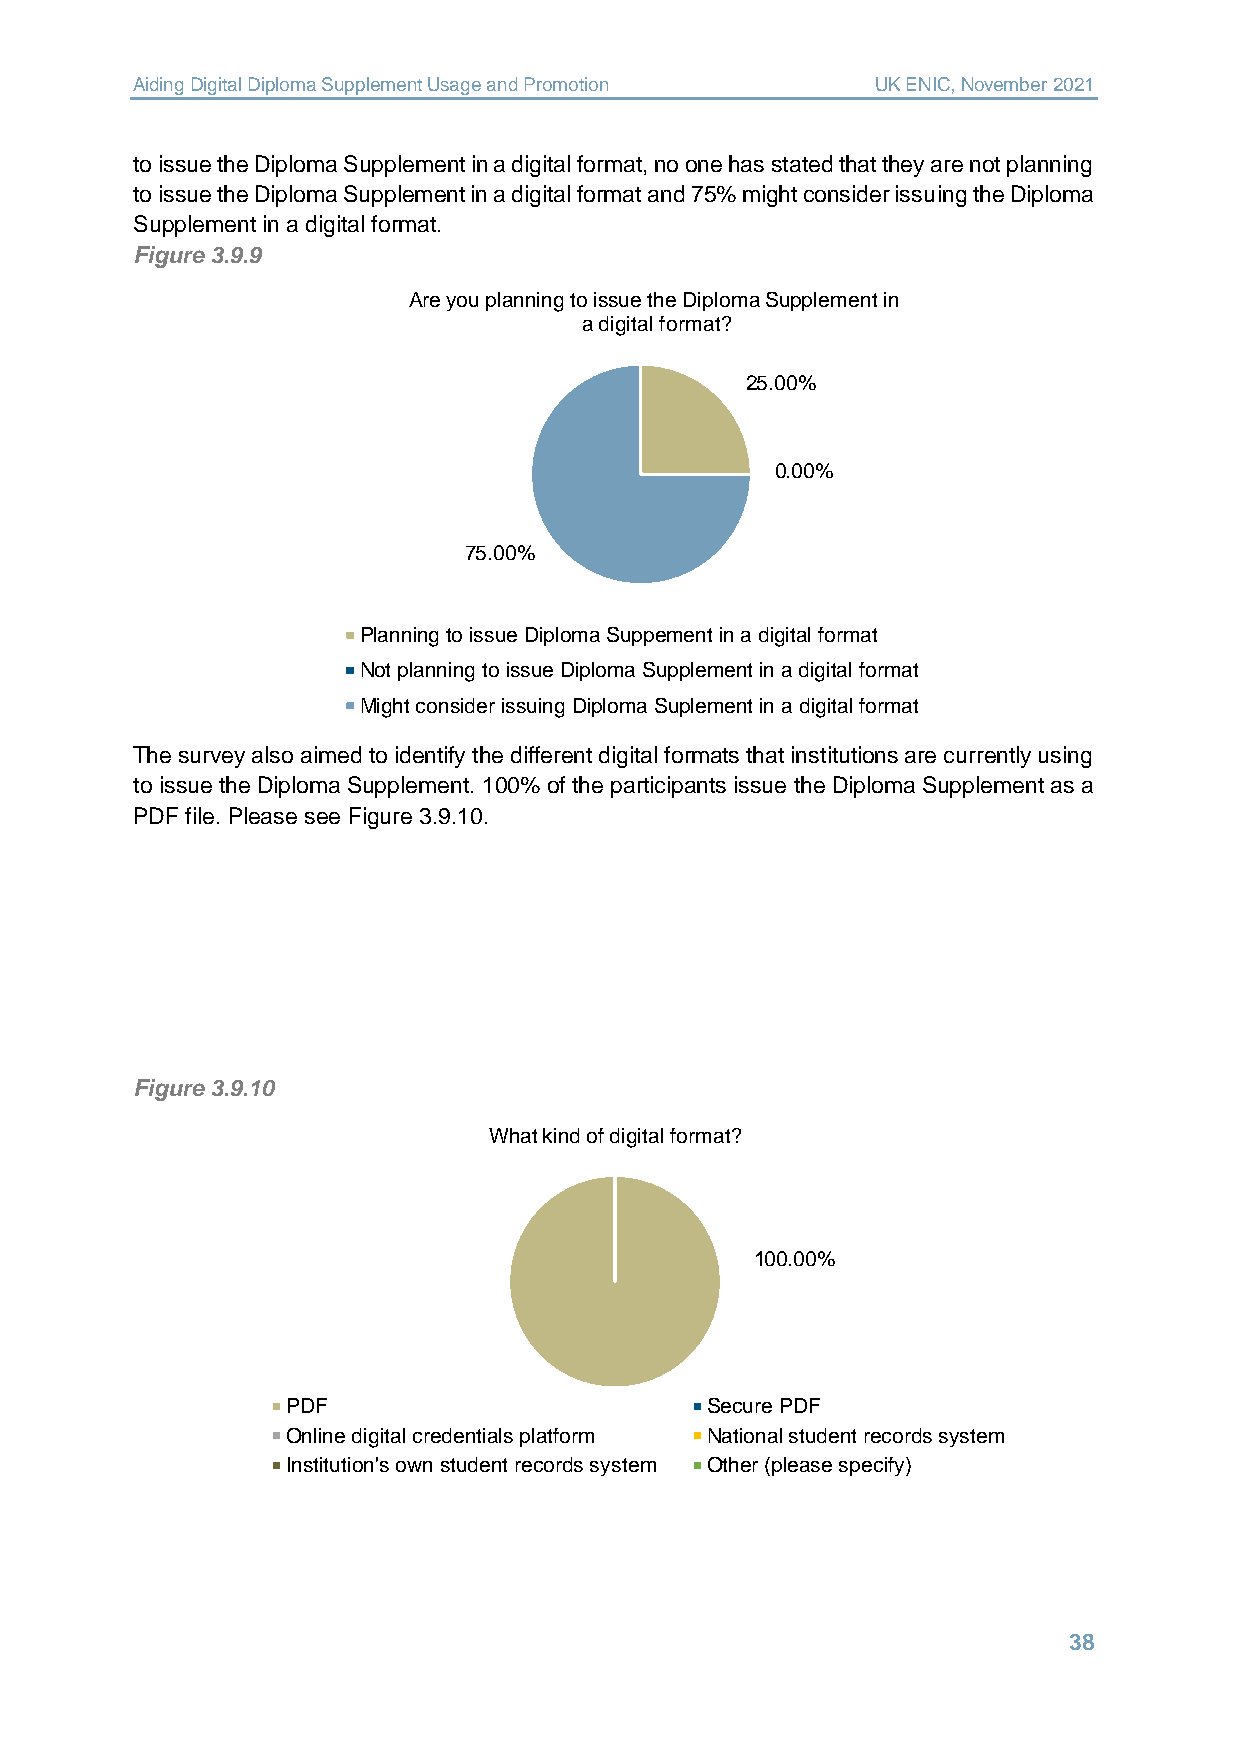
Aiding Digital Diploma Supplement Usage and Promotion UK ENIC, November 2021
 to issue the Diploma Supplement in a digital format, no one has stated that they are not planning
 to issue the Diploma Supplement in a digital format and 75% might consider issuing the Diploma
 Supplement in a digital format.
 Figure 3.9.9
 Are you planning to issue the Diploma Supplement in
 a digital format?
 25.00%
 0.00%
 75.00%
 Planning to issue Diploma Suppement in a digital format
 Not planning to issue Diploma Supplement in a digital format
 Might consider issuing Diploma Suplement in a digital format
 The survey also aimed to identify the different digital formats that institutions are currently using
 to issue the Diploma Supplement. 100% of the participants issue the Diploma Supplement as a
 PDF file. Please see Figure 3.9.10.
 Figure 3.9.10
 What kind of digital format?
 100.00%
 PDF                         Secure PDF
 Online digital credentials platform National student records system
 Institution's own student records system Other (please specify)
 38